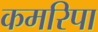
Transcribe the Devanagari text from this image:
कमरिपा